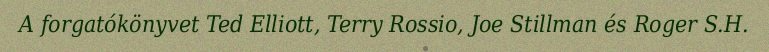
A forgatókönyvet Ted Elliott, Terry Rossio, Joe Stillman és Roger S.H.